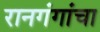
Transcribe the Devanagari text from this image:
रानगंगांचा